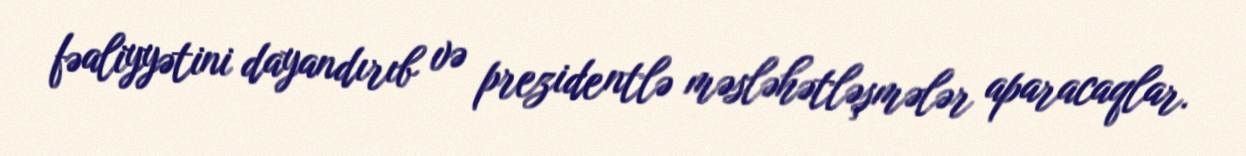
fəaliyyətini dayandırıb və prezidentlə məsləhətləşmələr aparacaqlar.